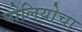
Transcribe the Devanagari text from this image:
पोलियोचा